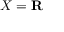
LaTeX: X = \mathbf { R }